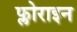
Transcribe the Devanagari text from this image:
फ्लोराइन